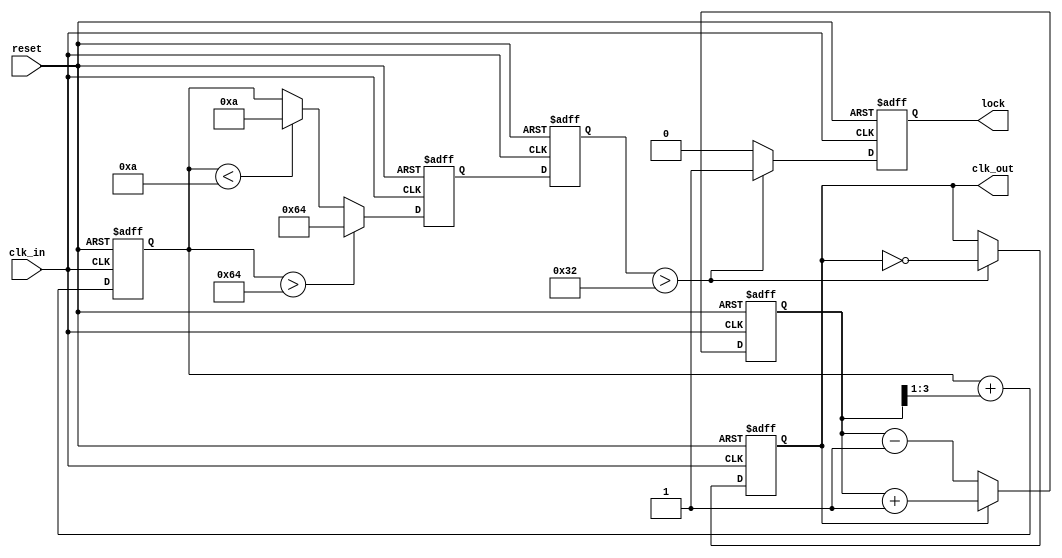
module pll (
    input wire clk_in,           // Incoming data signal
    input wire reset,            // Reset signal
    output reg clk_out,          // Synchronized output clock
    output reg lock              // Lock status
);

    // Parameters
    parameter PHASE_WIDTH = 4;   // Phase error width
    parameter VCO_MAX_FREQ = 100; // Max VCO frequency
    parameter VCO_MIN_FREQ = 10;  // Min VCO frequency

    // Internal signals
    reg [PHASE_WIDTH-1:0] phase_error; // Phase error signal
    reg [7:0] loop_filter;              // Loop filter output
    reg [7:0] vco_freq;                 // VCO frequency
    reg [7:0] memory_block;             // Memory block for phase info
    reg [7:0] feedback;                 // Feedback signal

    // Phase Detector
    always @(posedge clk_in or posedge reset) begin
        if (reset) begin
            phase_error <= 0;
        end else begin
            // Simple phase detection logic (leading/lagging detection)
            if (clk_out) begin
                phase_error <= phase_error + 1; // Clock is leading
            end else begin
                phase_error <= phase_error - 1; // Clock is lagging
            end
        end
    end

    // Loop Filter
    always @(posedge clk_in or posedge reset) begin
        if (reset) begin
            loop_filter <= 0;
        end else begin
            // Simple low-pass filter (integrator)
            loop_filter <= loop_filter + (phase_error >> 1); // Smoothing
        end
    end

    // Voltage-Controlled Oscillator (VCO)
    always @(posedge clk_in or posedge reset) begin
        if (reset) begin
            vco_freq <= VCO_MIN_FREQ; // Start at minimum frequency
        end else begin
            // Adjust VCO frequency based on loop filter output
            vco_freq <= loop_filter > VCO_MAX_FREQ ? VCO_MAX_FREQ : loop_filter < VCO_MIN_FREQ ? VCO_MIN_FREQ : loop_filter;
        end
    end

    // Feedback Loop
    always @(posedge clk_in or posedge reset) begin
        if (reset) begin
            feedback <= 0;
        end else begin
            feedback <= vco_freq; // Feedback the current VCO frequency
        end
    end

    // Output Stage
    always @(posedge clk_in or posedge reset) begin
        if (reset) begin
            clk_out <= 0;
            lock <= 0;
        end else begin
            // Generate output clock based on VCO frequency
            if (feedback > 50) begin // Arbitrary threshold for lock detection
                clk_out <= ~clk_out; // Toggle output clock
                lock <= 1; // Indicate locked state
            end else begin
                lock <= 0; // Not locked
            end
        end
    end

    // Memory Block (for phase information)
    always @(posedge clk_in or posedge reset) begin
        if (reset) begin
            memory_block <= 0;
        end else begin
            // Store phase information (simple example)
            memory_block <= phase_error; // Store current phase error
        end
    end

endmodule